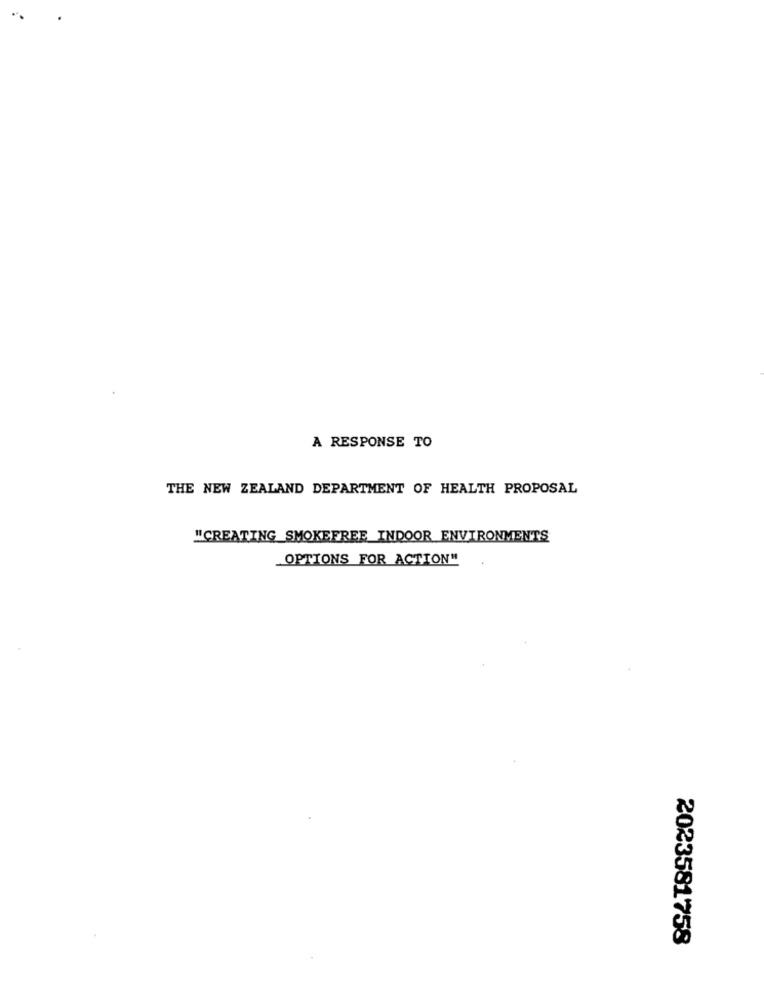
A RESPONSE TO
THE NEW ZEALAND DEPARTMENT OF HEALTH PROPOSAL
"CREATING_SMOKEFREE_INDOOR ENVIRONMENTS
_OPTIONS FOR ACTION"
2023581758